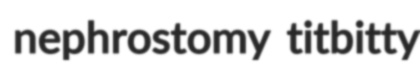
nephrostomy titbitty